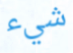
شيء